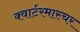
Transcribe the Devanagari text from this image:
क्वार्टरमास्चर